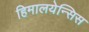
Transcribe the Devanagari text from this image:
हिमालयेन्सिस